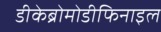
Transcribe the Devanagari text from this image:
डीकेब्रोमोडीफिनाइल